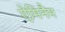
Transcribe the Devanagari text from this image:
ऐमिनैम